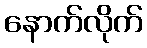
နောက်လိုက်